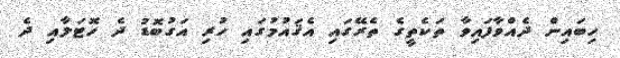
ހިބައިން ދެއްވާފައިވާ ތަކެތީގެ ތެރޭގައި އެޤައުމުގައި ހުރި އަގުބޮޑު ދެ ހޮޓަލާއި ދެ